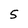
Character: 5